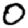
Digit: 0